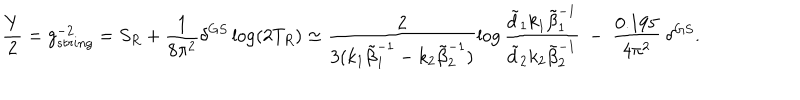
LaTeX: \frac { Y } { 2 } = g _ { s t r i n g } ^ { - 2 } = S _ { R } + \frac { 1 } { 8 \pi ^ { 2 } } \delta ^ { G S } \log ( 2 T _ { R } ) \simeq \frac { 2 } { 3 ( k _ { 1 } \tilde { \beta } _ { 1 } ^ { - 1 } - k _ { 2 } \tilde { \beta } _ { 2 } ^ { - 1 } ) } \log \frac { \tilde { d } _ { 1 } k _ { 1 } \tilde { \beta } _ { 1 } ^ { - 1 } } { \tilde { d } _ { 2 } k _ { 2 } \tilde { \beta } _ { 2 } ^ { - 1 } } \ - \ \frac { 0 . 1 9 5 } { 4 \pi ^ { 2 } } \ \delta ^ { G S } .